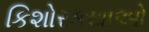
કિશોરકથાઓ